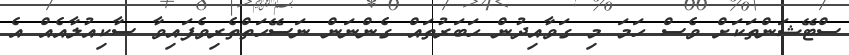
ސްޓޭޝަންތަކަށް ވެސް ހަމަ މި ގަވާއިދުން ހަބަރުތައް ގެންނަން ނަސޭހަތްތެރިވެފައިވާ ސާކިއުލާއެއް އެ